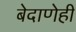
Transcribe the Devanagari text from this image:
बेदाणेही